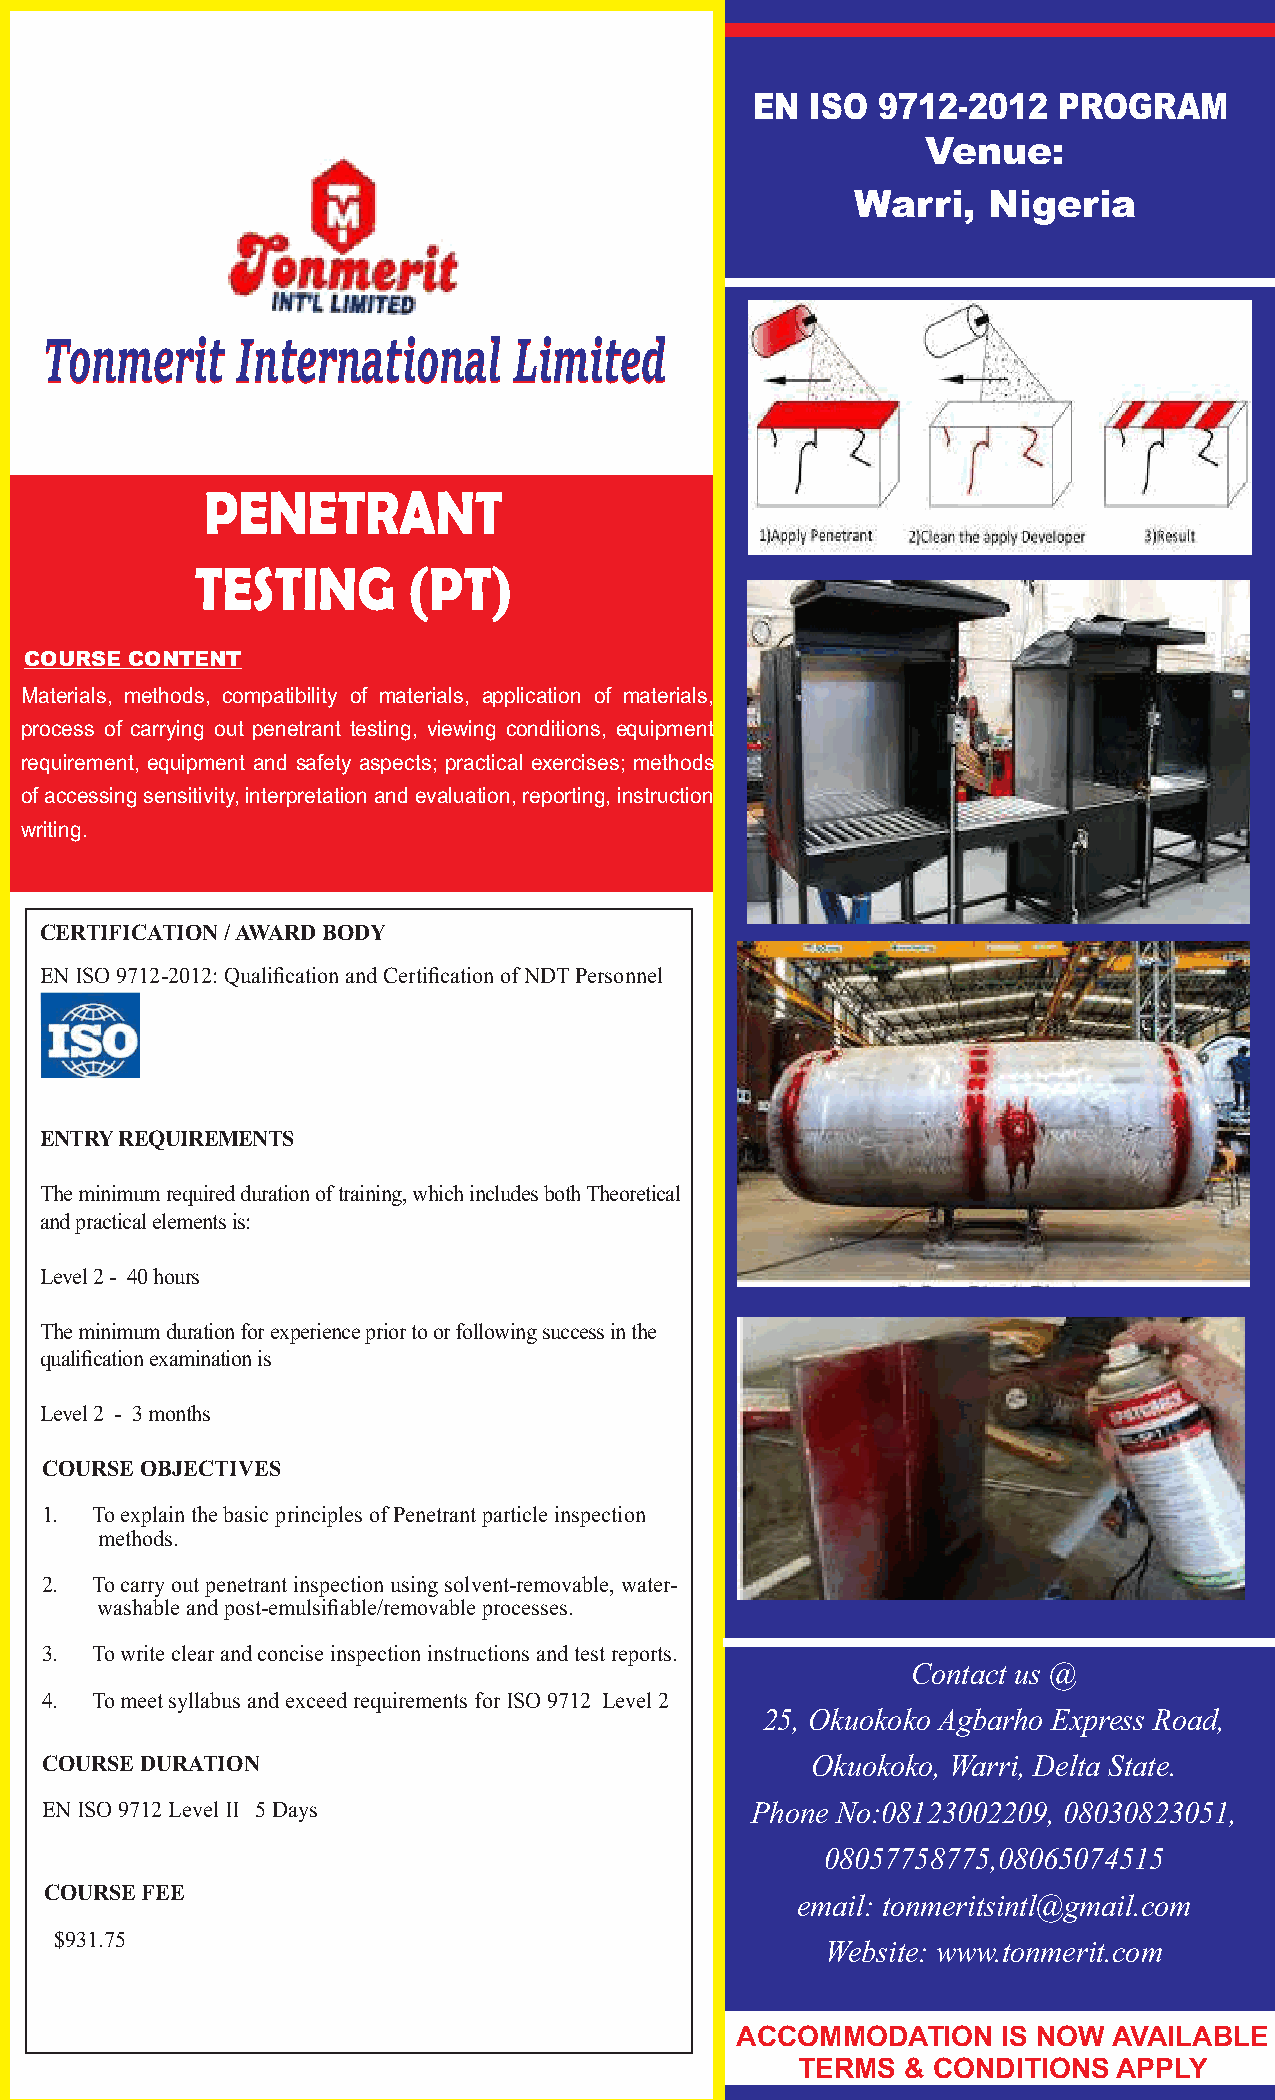
EN  ISO 9712-2012   PROGRAM
 Venue:
 Warri,  Nigeria
 TToonnmmeerriitt IInntteerrnnaattiioonnaall LLiimmiitteedd
 PENETRANT
 TESTING       (PT)
 COURSE CONTENT
 Materials, methods, compatibility of materials, application of materials,
 process of carrying out penetrant testing, viewing conditions, equipment
 requirement, equipment and safety aspects; practical exercises; methods
 of accessing sensitivity, interpretation and evaluation, reporting, instruction
 writing.
 CERTIFICATION / AWARD BODY
 EN ISO 9712-2012: Qualification and Certification of NDT Personnel
 ENTRY REQUIREMENTS
 The minimum required duration of training, which includes both Theoretical
 and practical elements is:
 Level 2 - 40 hours
 The minimum duration for experience prior to or following success in the
 qualification examination is
 Level 2 - 3 months
 COURSE OBJECTIVES
 1. To explain the basic principles of Penetrant particle inspection
 methods.
 2. To carry out penetrant inspection using solvent-removable, water-
 washable and post-emulsifiable/removable processes.
 3. To write clear and concise inspection instructions and test reports.
 Contact us @
 4. To meet syllabus and exceed requirements for ISO 9712 Level 2
 25, Okuokoko Agbarho Express Road,
 COURSE DURATION                                    Okuokoko, Warri, Delta State.
 EN ISO 9712 Level II 5 Days                    Phone No:08123002209, 08030823051,
 08057758775,08065074515
 COURSE FEE
 email: tonmeritsintl@gmail.com
 $931.75
 Website: www.tonmerit.com
 ACCOMMODATION    IS NOW  AVAILABLE
 TERMS  & CONDITIONS  APPLY